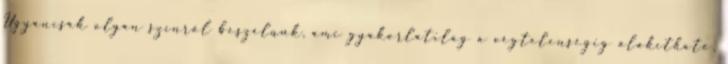
Ugyancsak olyan színről beszélünk, ami gyakorlatilag a végtelenségig alakítható,